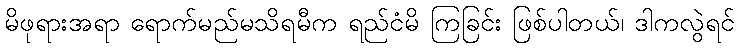
မိဖုရားအရာ ရောက်မည်မသိရမီက ရည်ငံမိ ကြခြင်း ဖြစ်ပါတယ်၊ ဒါကလွဲရင်